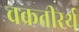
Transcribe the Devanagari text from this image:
चक्रतीरर्थ